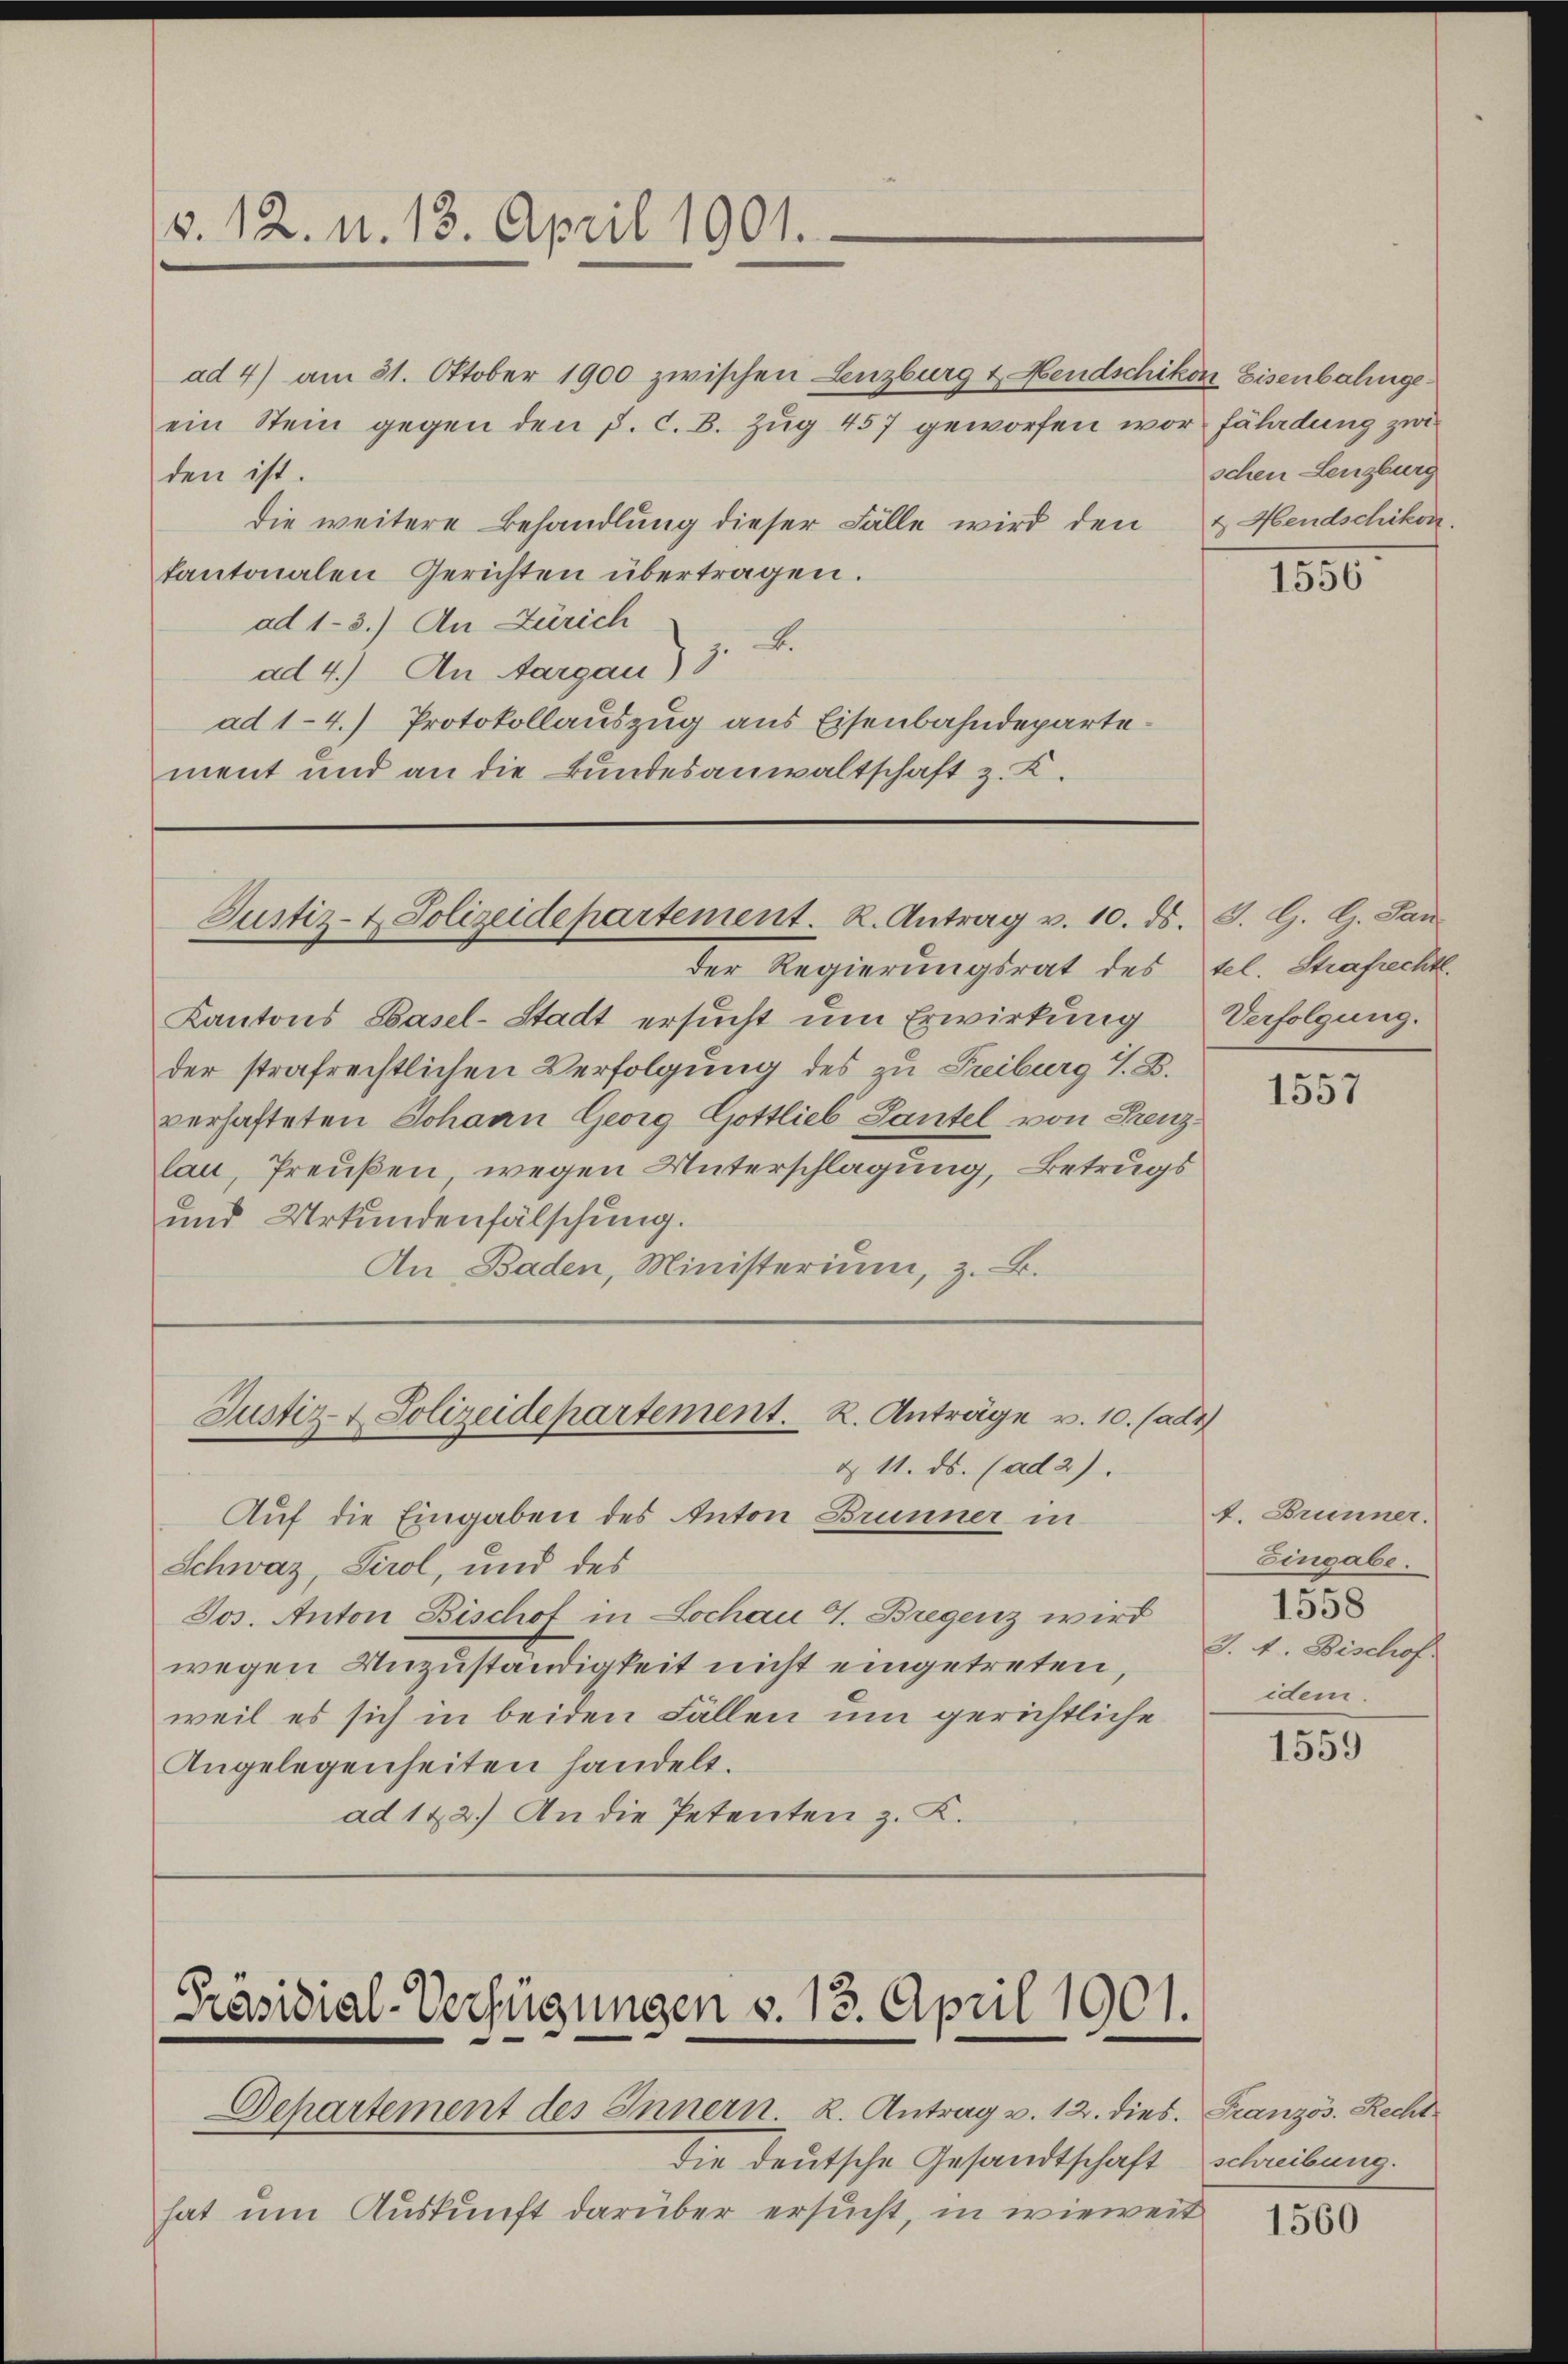
v. 12. u. 13. April 1901.

Justiz- & Polizeidepartement. R. Antrag v. 10. ds. S. G. G. San

der Regierungsrat des sel. Strafrechtl.
Kantons Basel-Stadt ersucht um Erwirkung
der strafrechtlichen Verfolgung des zu Treiburg S. B.
verhafteten Johann Georg Gottlieb Lantel von Grenzlau, Preußen, wegen Unterschlagung, Betrugs
und Urkundenfälschung.
An Baden, Ministerium, z. B.

Justiz- & Polizeidepartement. K. Anträge v. 10. (adz
§ 11. ds. (ad 2).

ad 4) am 31. Oktober 1900 zwischen Lenzburg & Hendschikon Eisenbahngeein Stein gegen den P. C. B. Zug 457 geworfen vor fährdung zwi
den ist
die weitere Behandlung dieser Fälle wird den & Hendschikon.
kantonalen Gerichten übertragen.
ad 1-3.) An Zürich
ad 4.) An Aargau) z. B.
ad 1-4.) Protokollauszug aus Eisenbahndepartement und an die Bundesanwaltschaft z. K.

Präsidial-Verfügungen v. 13. April 1901.
Dchartement des Innern. K. Antrag v. 12. dies. Französ. Recht

Auf die Eingaben des Anton Brunner in
Schweiz, Tirol, und des
Jos. Anton Bischof in Lochau A. Bregenz wird
wegen Unzuständigkeit nicht eingetreten,
weil es sich in beiden Fällen um gerichtliche
Angelegenheiten handelt.
ad 122.) An die Petenten z. K.

die deutsche Gesandtschaft
hat um Auskunft darüber ersucht, in wieweit

schen Lenzburg

1556

Verfolgung.

1557

A. Brunner.
Eingabe.
1558
v. 4. Bischof
idem.

1559

schreibung.

1560